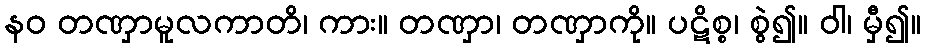
နဝ တဏှာမူလကာတိ၊ ကား။ တဏှာ၊ တဏှာကို။ ပဋိစ္စ၊ စွဲ၍။ ဝါ၊ မှီ၍။